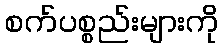
စက်ပစ္စည်းများကို